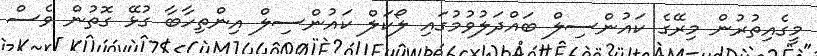
މީގެއިތުރުން މިރޭގެ ކައުންސިލް ބައްދަލުވުމުގައި ލޯކަލް ކައުންސިލް އިންތިހާބާ ގުޅޭ ގޮތުން ވެސް